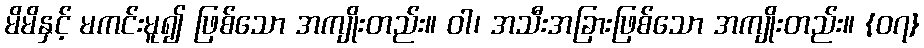
မိမိနှင့် မကင်းမူ၍ ဖြစ်သော အကျိုးတည်း။ ဝါ၊ အသီးအခြားဖြစ်သော အကျိုးတည်း။ {၀၇}